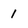
Character: 1